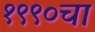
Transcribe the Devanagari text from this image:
१९९०चा